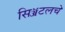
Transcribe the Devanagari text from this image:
सिॲटलचे